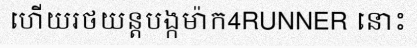
ហើយរថយន្តបង្កម៉ាក4RUNNER នោះ